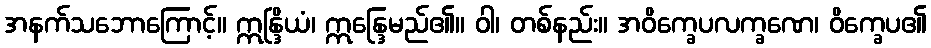
အနက်သဘောကြောင့်။ ဣန္ဒြိယံ၊ ဣန္ဒြေမည်၏။ ဝါ၊ တစ်နည်း။ အဝိက္ခေပလက္ခဏေ၊ ဝိက္ခေပ၏